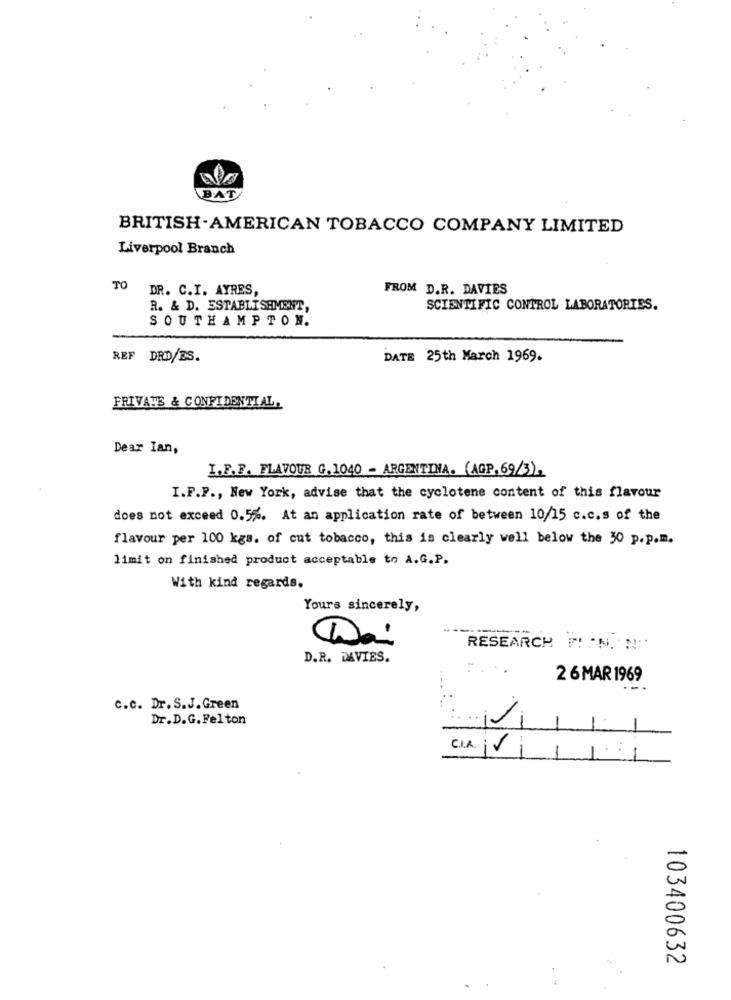
BAT
BRITISH-AMERICAN TOBACCO COMPANY LIMITED
Liverpool Branch
TO
DR. C.I. AYRES,
FROM D.R. DAVIES
R. & D. ESTABLISHMENT,
SCIENTIFIC CONTROL LABORATORIES.
SOUTHAMPTON.
REF DRD/ES.
DATE 25th March 1969.
PRIVATS & CONFIDENTIAL.
Dear Ian,
I.F.F. FLAVOUR G.1040 - ARGENTINA. (AGP.69/3).
I.F.P ., New York, advise that the cyclotene content of this flavour
does not exceed 0.5%. At an application rate of between 10/15 c.c.s of the
flavour per 100 kgs. of cut tobacco, this is clearly well below the 30 p.p.m.
limit on finished product acceptable to A.G.P.
With kind regards.
Yours sincerely,
RESEARCH FIN. N:
D.R. DAVIES.
2 6 MAR 1969
c.c. Dr. S.J.Green
Dr.D.G. Felton
CIA. Vi
103400632